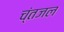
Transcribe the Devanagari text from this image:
च्ंतजल